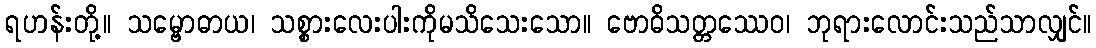
ရဟန်းတို့။ သမ္ဗောဓာယ၊ သစ္စားလေးပါးကိုမသိသေးသော။ ဗောဓိသတ္တဿေဝ၊ ဘုရားလောင်းသည်သာလျှင်။